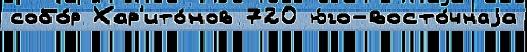
собо́р Хар'ито́нов 720 ю́го-восто́чнаjа